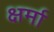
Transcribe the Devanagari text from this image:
क्षर्मा